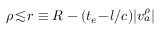
\rho \! \lesssim \! r \equiv R - ( t _ { e } \! - \! l / c ) | v _ { a } ^ { \rho } |